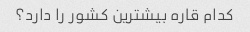
کدام قاره بیشترین کشور را دارد؟